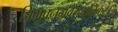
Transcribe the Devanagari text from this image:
त्रिभुवनमवैरव्यतिकरं।